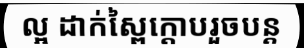
ល្អ ដាក់ស្ពៃក្តោបរួចបន្ត